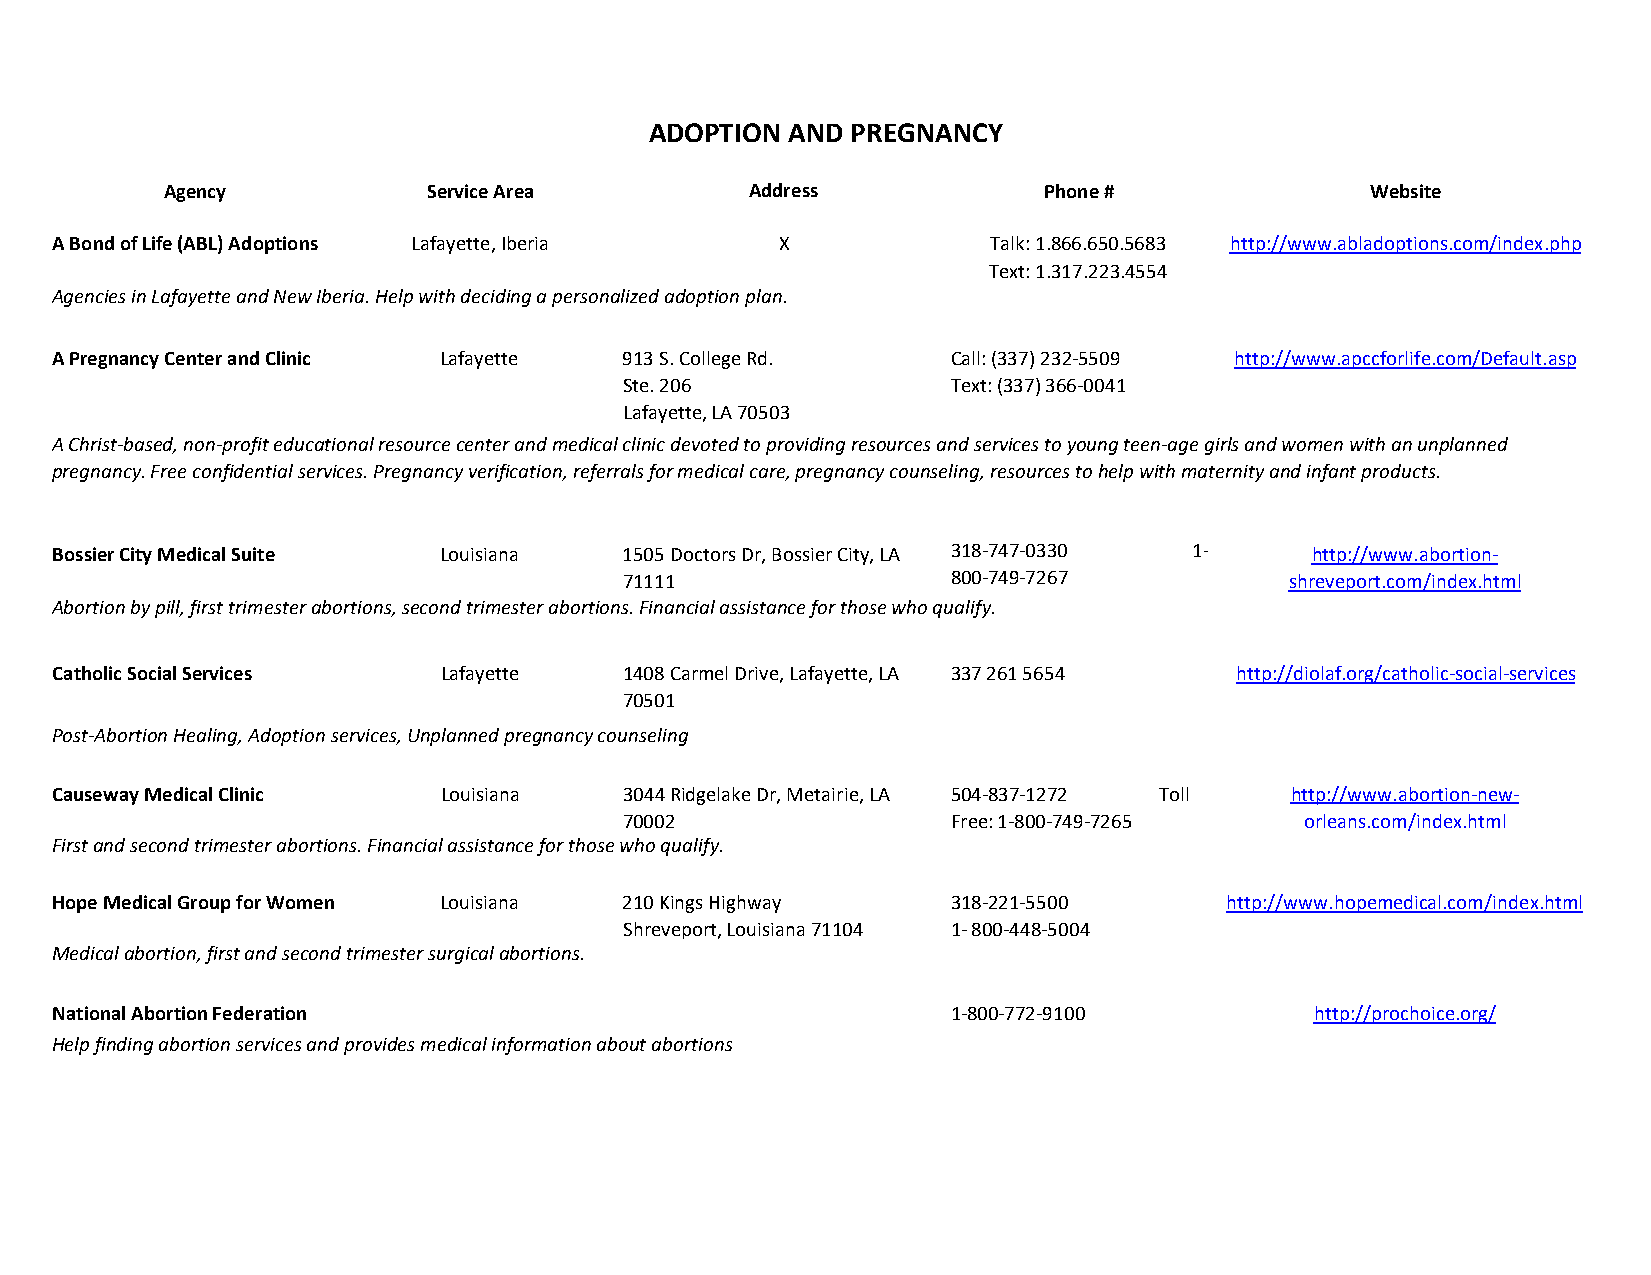
ADOPTION AND PREGNANCY
 Agency           Service Area          Address            Phone #               Website
 A Bond of Life (ABL) Adoptions Lafayette, Iberia X             Talk: 1.866.650.5683 http://www.abladoptions.com/index.php
 Text: 1.317.223.4554
 Agencies in Lafayette and New Iberia. Help with deciding a personalized adoption plan.
 A Pregnancy Center and Clinic Lafayette 913 S. College Rd.  Call: (337) 232-5509 http://www.apccforlife.com/Default.asp
 Ste. 206              Text: (337) 366-0041
 Lafayette, LA 70503
 A Christ-based, non-profit educational resource center and medical clinic devoted to providing resources and services to young teen-age girls and women with an unplanned
 pregnancy. Free confidential services. Pregnancy verification, referrals for medical care, pregnancy counseling, resources to help with maternity and infant products.
 Bossier City Medical Suite Louisiana  1505 Doctors Dr, Bossier City, LA 318-747-0330 1- http://www.abortion-
 71111                 800-749-7267          shreveport.com/index.html
 Abortion by pill, first trimester abortions, second trimester abortions. Financial assistance for those who qualify.
 Catholic Social Services  Lafayette   1408 Carmel Drive, Lafayette, LA 337 261 5654 http://diolaf.org/catholic-social-services
 70501
 Post-Abortion Healing, Adoption services, Unplanned pregnancy counseling
 Causeway Medical Clinic   Louisiana   3044 Ridgelake Dr, Metairie, LA 504-837-1272 Toll http://www.abortion-new-
 70002                 Free: 1-800-749-7265   orleans.com/index.html
 First and second trimester abortions. Financial assistance for those who qualify.
 Hope Medical Group for Women Louisiana 210 Kings Highway    318-221-5500      http://www.hopemedical.com/index.html
 Shreveport, Louisiana 71104 1- 800-448-5004
 Medical abortion, first and second trimester surgical abortions.
 National Abortion Federation                                1-800-772-9100          http://prochoice.org/
 Help finding abortion services and provides medical information about abortions